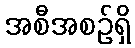
အစီအစဉ်ရှိ